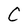
Character: C